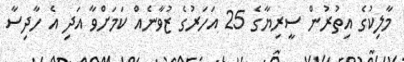
މާލިކުގެ އިތުރުން ސީރިޔާގެ 25 އަހަރުގެ ޒުވާނެއް ކަމަށްވާ އަދި އެ ހާދިސާ